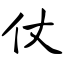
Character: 仗